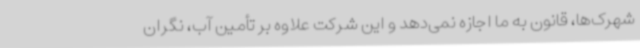
شهرک‌ها، قانون به ما اجازه نمی‌دهد و این شرکت علاوه بر تأمین آب، نگران